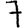
Digit: 7